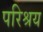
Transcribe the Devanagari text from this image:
परिश्रय